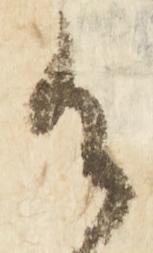
御